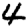
Digit: 4